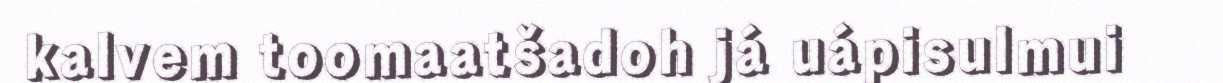
kalvem toomaatšadoh já uápisulmui